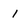
Character: 1